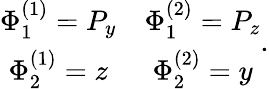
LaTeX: \begin{array}{cc}{{\Phi_{1}^{(1)}=P_{y}}}&{{\Phi_{1}^{(2)}=P_{z}}}\\ {{\Phi_{2}^{(1)}=z}}&{{\Phi_{2}^{(2)}=y}}\end{array}.